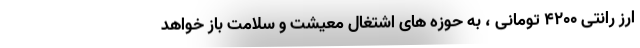
ارز رانتی ۴۲۰۰ تومانی ، به حوزه های اشتغال معیشت و سلامت باز خواهد